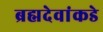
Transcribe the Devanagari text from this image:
ब्रह्मदेवांकडे